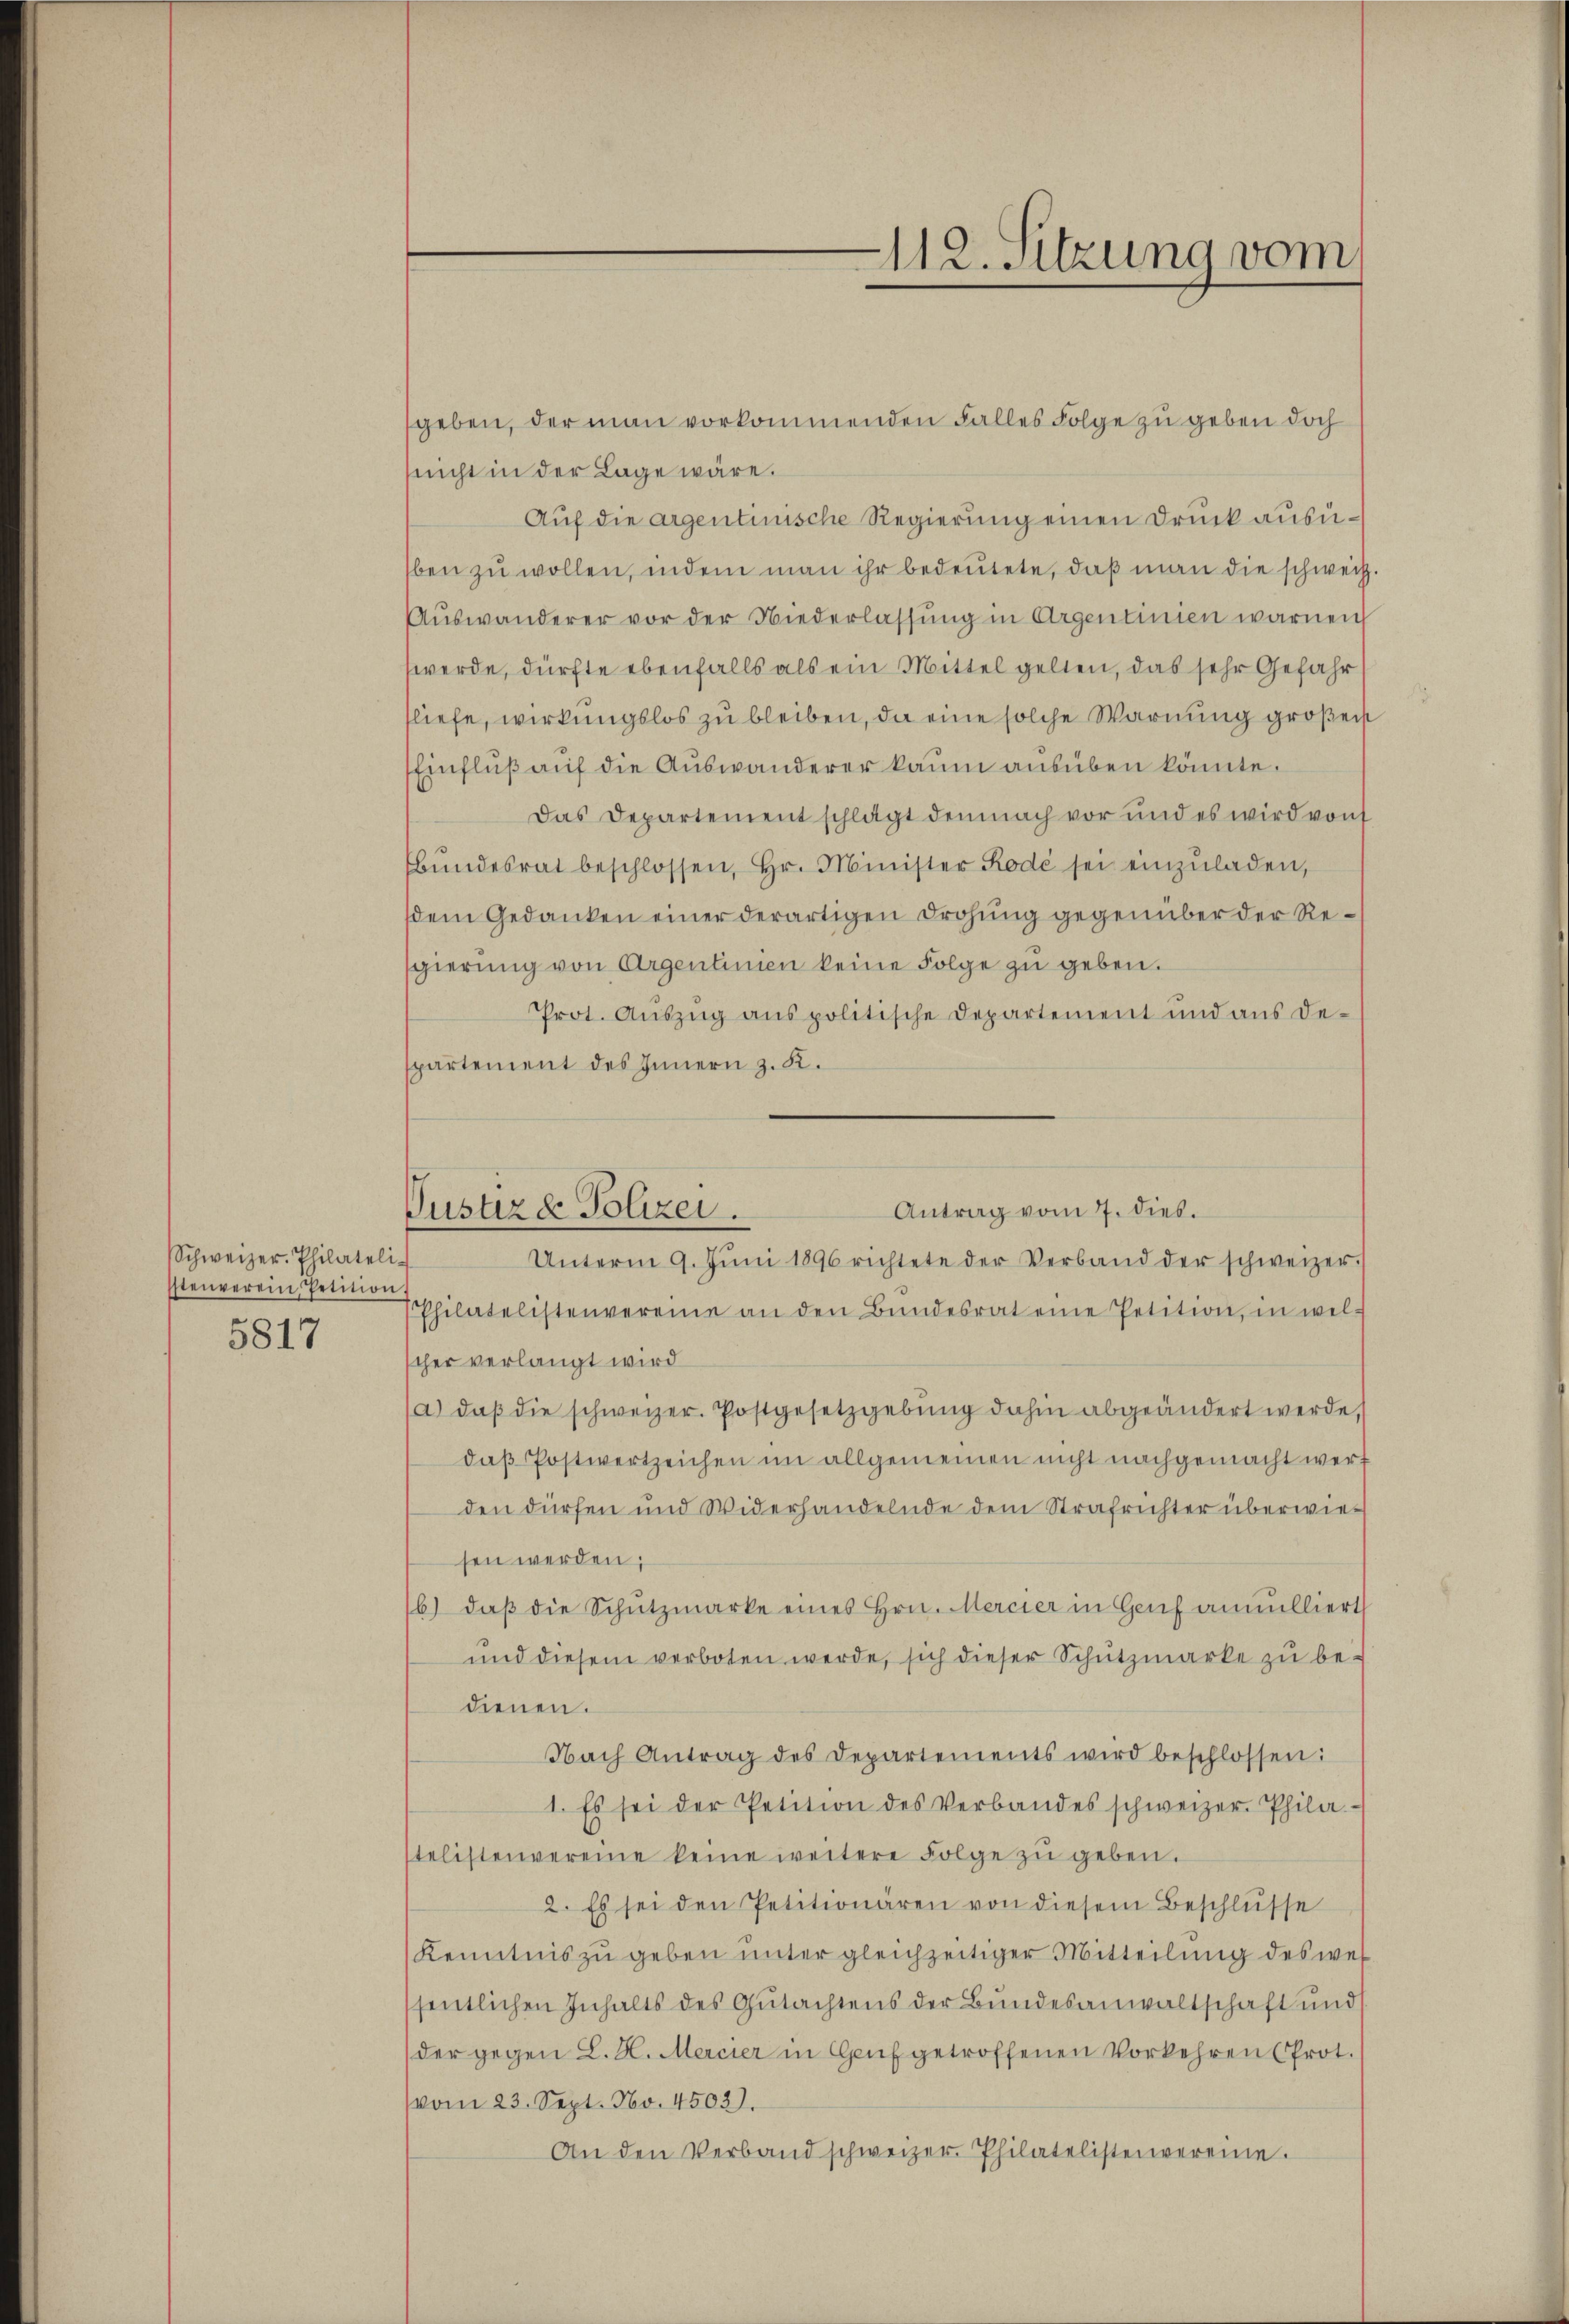
Schweizer. Philateli-
stenverein Petition
5817

112. Sitzung vom

Antrag vom 7. dies.
Justiz & Polizei.
Unterm 9. Jŭni 1896 richtete der Verband der schweizer.

sgeben, der man vorkommenden Falles Folge zu geben doch
nnicht in der Lage wäre.
Auf die argentinische Regierung einen Druck ausüben zu wollen, indem man ihr bedeutete, daß man die schweiz.
Auswanderer vor der Niederlassŭng in Argentinien warnen
werde, dürfte ebenfalls als ein Mittel gelten, das sehr Gefahr
fliefe, wirkungslos zu bleiben, da eine solche Warnung großen
Einfluß auf die Auswanderer kaum ausüben könnte.
Das Departement schlägt demnach vor und es wird von
Bŭndesrat beschlossen, hr. Minister Rode sei einzŭladen,
dem Gedanken einer derartigen Drohung gegenüber der Resgierung von Argentimen keine Folge zu geben.
Prot. Auszug aus politische Departement und aus de-
spartement des Innern z. K.
Philatelistenvereine an den Bŭndesrat eine Petition, in welscher verlangt wird
a) daβ die schweizer. Postgesetzgebŭng dahin abgeändert werde,
daß Postwertzeichen im allgemeinen nicht nachgemacht werf
den dürfen und Widerhandelnde dem Strafrichter überwiesen werden;
b) daβ die Schŭtzmarke eines Hrn. Mercier in Genf annulliert
und diesem verboten werde, sich dieser Schützmarke zŭ be-
dienen.
Nach Antrag des Departements wird beschlossen:
1. Es sei der Petition des Verbandes schweizer. Phila
telistenvereine keine weitere Folge zŭ geben.
2. Es sei den Petitionären von diesem Beschlüsse
Kenntnis zu geben unter gleichzeitiger Mitteilung des wel
sentlichen Inhalts des Gutachtens der Bundesanwaltschaft und
der gegen L. H. Mercier in Genf getroffenen Vorkehren (Prot.
vom 23. Sept. No. 4502).
An den Verband schweizer Philatelistenvereine.